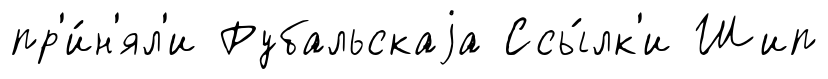
пр'и́н'ял'и Рубальскаjа Ссы́лк'и Шип